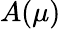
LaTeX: A(\mu)